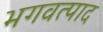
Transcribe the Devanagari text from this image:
भगवत्पाद